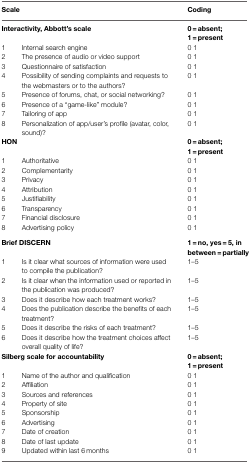
<table><thead><tr><td colspan="2"><b>Scale</b></td><td><b>Coding</b></td></tr></thead><tbody><tr><td colspan="2"><b>Interactivity, Abbott’s scale</b></td><td><b>0 = absent; 1 = present</b></td></tr><tr><td>1</td><td>Internal search engine</td><td>0 1</td></tr><tr><td>2</td><td>The presence of audio or video support</td><td>0 1</td></tr><tr><td>3</td><td>Questionnaire of satisfaction</td><td>0 1</td></tr><tr><td>4</td><td>Possibility of sending complaints and requests to the webmasters or to the authors?</td><td>0 1</td></tr><tr><td>5</td><td>Presence of forums, chat, or social networking?</td><td>0 1</td></tr><tr><td>6</td><td>Presence of a “game-like” module?</td><td>0 1</td></tr><tr><td>7</td><td>Tailoring of app</td><td>0 1</td></tr><tr><td>8</td><td>Personalization of app/user’s profile (avatar, color, sound)?</td><td>0 1</td></tr><tr><td colspan="2"><b>HON</b></td><td><b>0 = absent; 1 = present</b></td></tr><tr><td>1</td><td>Authoritative</td><td>0 1</td></tr><tr><td>2</td><td>Complementarity</td><td>0 1</td></tr><tr><td>3</td><td>Privacy</td><td>0 1</td></tr><tr><td>4</td><td>Attribution</td><td>0 1</td></tr><tr><td>5</td><td>Justifiability</td><td>0 1</td></tr><tr><td>6</td><td>Transparency</td><td>0 1</td></tr><tr><td>7</td><td>Financial disclosure</td><td>0 1</td></tr><tr><td>8</td><td>Advertising policy</td><td>0 1</td></tr><tr><td colspan="2"><b>Brief DISCERN</b></td><td><b>1 = no, yes = 5, in between = partially</b></td></tr><tr><td>1</td><td>Is it clear what sources of information were used to compile the publication?</td><td>1–5</td></tr><tr><td>2</td><td>Is it clear when the information used or reported in the publication was produced?</td><td>1–5</td></tr><tr><td>3</td><td>Does it describe how each treatment works?</td><td>1–5</td></tr><tr><td>4</td><td>Does the publication describe the benefits of each treatment?</td><td>1–5</td></tr><tr><td>5</td><td>Does it describe the risks of each treatment?</td><td>1–5</td></tr><tr><td>6</td><td>Does it describe how the treatment choices affect overall quality of life?</td><td>1–5</td></tr><tr><td colspan="2"><b>Silberg scale for accountability</b></td><td><b>0 = absent; 1 = present</b></td></tr><tr><td>1</td><td>Name of the author and qualification</td><td>0 1</td></tr><tr><td>2</td><td>Affiliation</td><td>0 1</td></tr><tr><td>3</td><td>Sources and references</td><td>0 1</td></tr><tr><td>4</td><td>Property of site</td><td>0 1</td></tr><tr><td>5</td><td>Sponsorship</td><td>0 1</td></tr><tr><td>6</td><td>Advertising</td><td>0 1</td></tr><tr><td>7</td><td>Date of creation</td><td>0 1</td></tr><tr><td>8</td><td>Date of last update</td><td>0 1</td></tr><tr><td>9</td><td>Updated within last 6 months</td><td>0 1</td></tr></tbody></table>